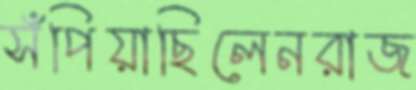
সঁপিয়াছিলেনরাজ